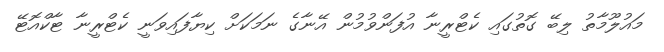
މައުލޫމާތު ލިބޭ ގޮތުގައި ކެޓްރީނާ އުފަންވުމުން އޭނާގެ ނަމަކަށް ކިޔާފައިވަނީ ކެޓްރީނާ ޓާކްއޮޓޭ